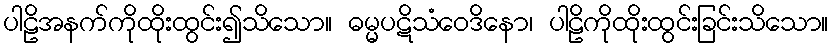
ပါဠိအနက်ကိုထိုးထွင်း၍သိသော။ ဓမ္မပဋိသံဝေဒိနော၊ ပါဠိကိုထိုးထွင်းခြင်းသိသော။